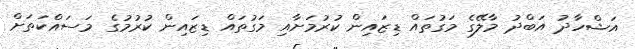
އަޝްހާދު އަބްދު މާލޭގެ މަގުތައް ޑިޒައިން ކުރުމަށާއި މަގުތައް ޑިޒައިން ކުރުމުގެ މަސައްކަތަށް